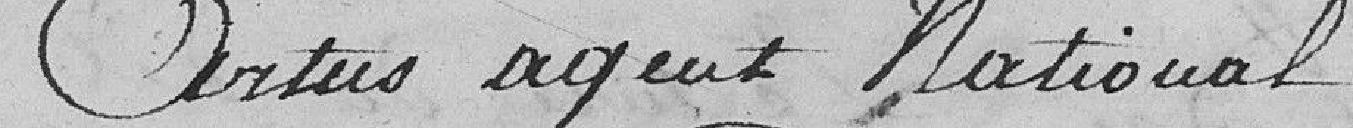
Artus agent National